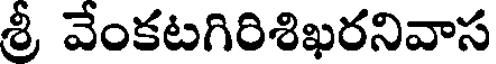
శ్రీ వేంకటగిరిశిఖరనివాస